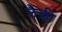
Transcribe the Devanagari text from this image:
लैकी